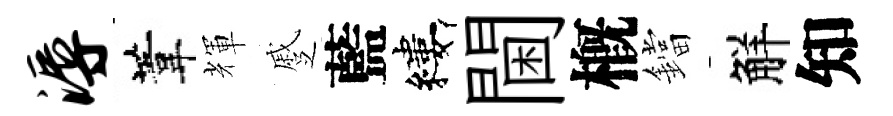
溽葦輝蹙藍縷閫槪鐺觧知